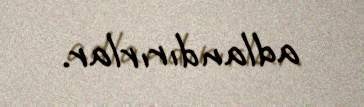
adlandırırlar.